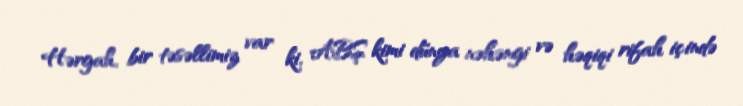
Hərgah, bir təsəllimiz var ki, ABŞ kimi dünya nəhəngi və həqiqi rifah içində